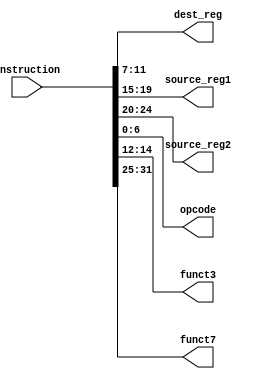
`timescale 1ns / 1ps
//////////////////////////////////////////////////////////////////////////////////
module Instruction_decoder(instruction, dest_reg, source_reg1, source_reg2, opcode, funct3, funct7);
    input [31:0]instruction;
    output [4:0]dest_reg, source_reg1, source_reg2;
    output [6:0] opcode;
    output [2:0] funct3;
    output [6:0] funct7;
    
    assign source_reg1 = instruction[19:15];
    assign source_reg2 = instruction[24:20];
    assign dest_reg = instruction[11:7];
    assign opcode = instruction[6:0];
    assign funct3 = instruction[14:12];
    assign funct7 = instruction[31:25];
    
endmodule